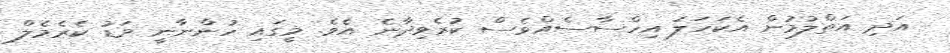
އަދި އަތްލުމުން އެކަހަލަ އިހްސާސެއްވެސް ކުރެވިދާނެ އެވެ. މީގައި ހުންނާނީ މަޑު ކެރެމެލް